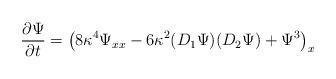
LaTeX: \begin{align*}{\partial \Psi\over \partial t} = \left(8\kappa^{4} \Psi_{xx} -6\kappa^{2} (D_{1}\Psi) (D_{2}\Psi) + \Psi^{3}\right)_{x}\end{align*}